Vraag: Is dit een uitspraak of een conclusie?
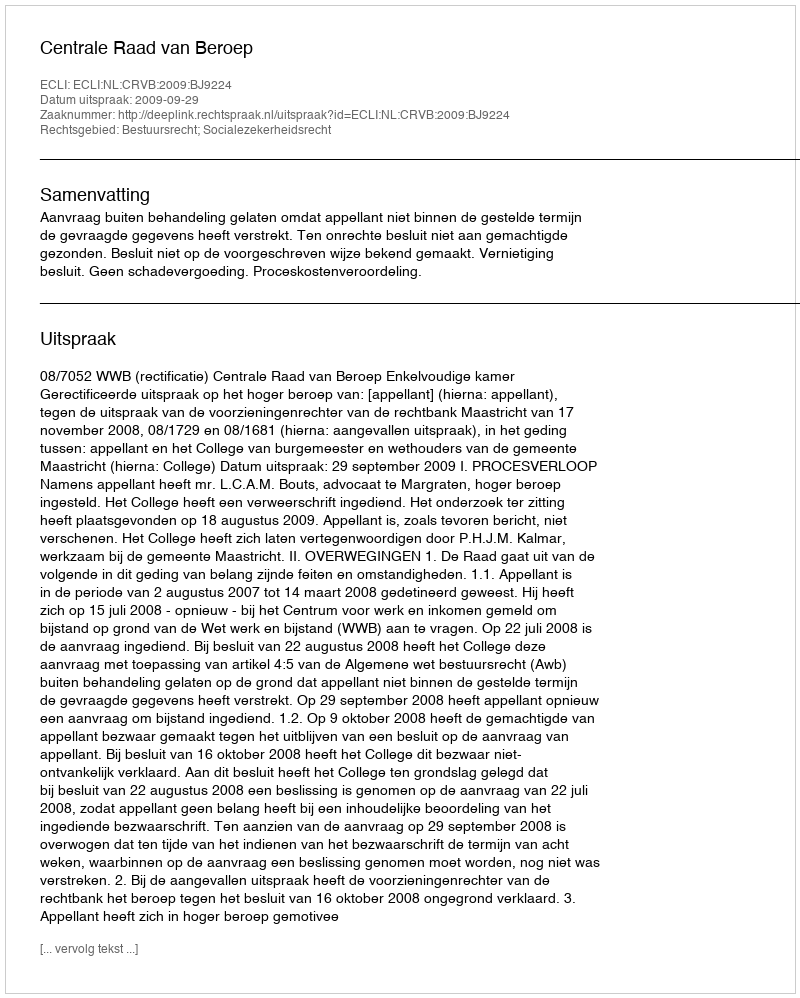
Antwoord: Uitspraak